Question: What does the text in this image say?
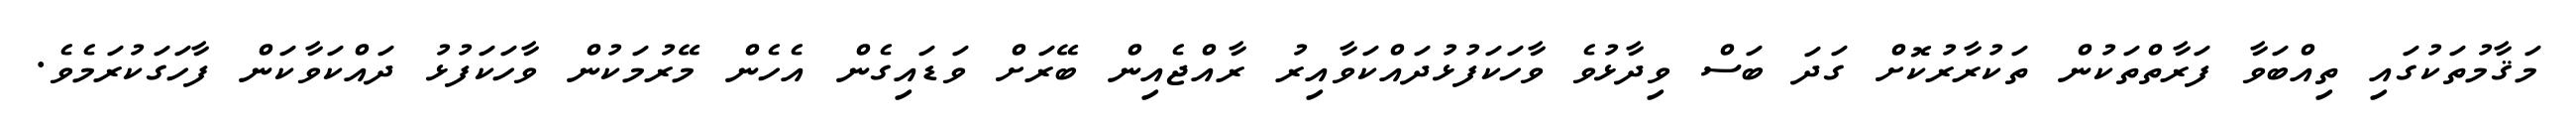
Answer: މަޤާމުތަކުގައި ތިއްބަވާ ފަރާތްތަކުން ތަކުރާރުކޮށް ގަދަ ބަސް ވިދާޅުވެ ވާހަކަފުޅުދައްކަވާއިރު ރާއްޖެއިން ބޭރަށް ވަޑައިގެން އެހެން މޭރުމަކުން ވާހަކަފުޅު ދައްކަވާކަން ފާހަގަކުރަމެވެ.